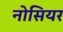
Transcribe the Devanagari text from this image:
नोसियर